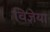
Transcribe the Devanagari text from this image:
विज्ञेया